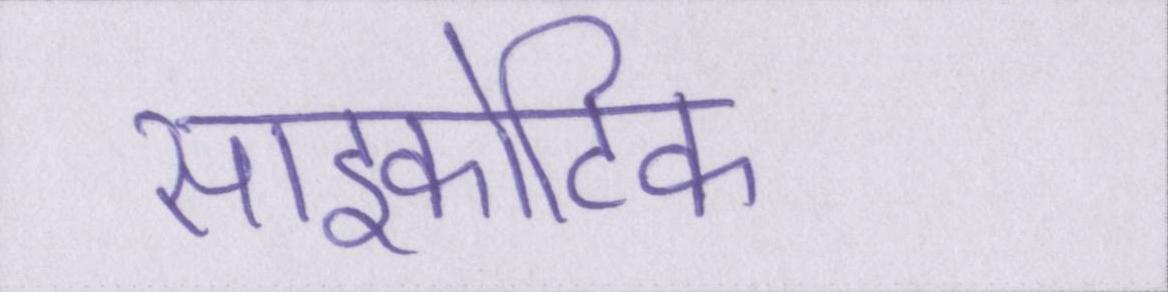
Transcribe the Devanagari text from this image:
साइकोटिक